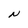
Character: N